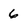
Character: 6